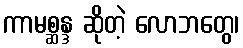
ကာမစ္ဆန္ဒ ဆိုတဲ့ လောဘတွေ၊